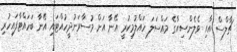
ޗާލްސް އާއި ވެލެންސިއާގެ މައްސަލަ ހައްލުމިކުރީ އޭނާ އަށް މުސާރަނުދީހުއްޓައި އޭނާ ބަހައްޓާފައިހުރި